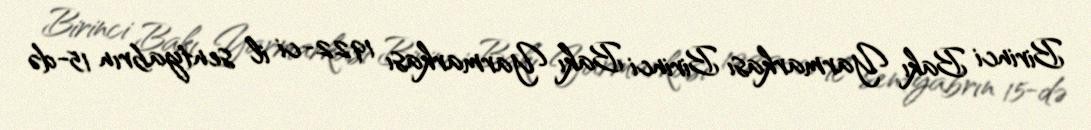
Birinci Bakı Yarmarkası Birinci Bakı Yarmarkası 1922-ci il sentyabrın 15-də